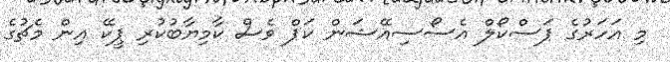
މި އަހަރުގެ ޕަސްކޯލް އެސޯސިއޭޝަން ކަޕް ވެސް ކާމިޔާބުކުރި ޕީކޭ އިން މެޗުގެ